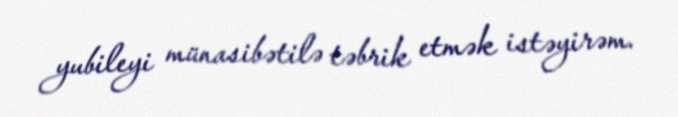
yubileyi münasibətilə təbrik etmək istəyirəm.